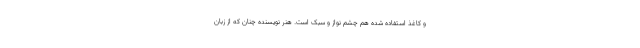
و کاغذ استفاده شده هم چشم نواز و سبک است. هنر نویسنده چنان که از زبان